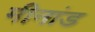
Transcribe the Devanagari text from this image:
मीनांड